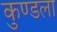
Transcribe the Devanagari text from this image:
कुण्डला